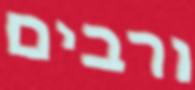
ורבים